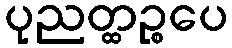
ပုညတ္ထဉ္စပေ